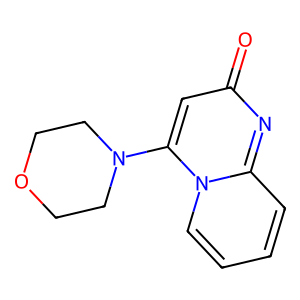
SMILES: O=c1cc(N2CCOCC2)n2ccccc2n1
Inhibits HIV replication: No